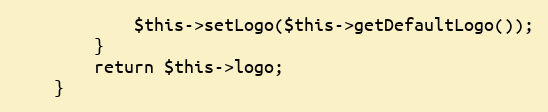
Language: PHP
            $this->setLogo($this->getDefaultLogo());
        }
        return $this->logo;
    }